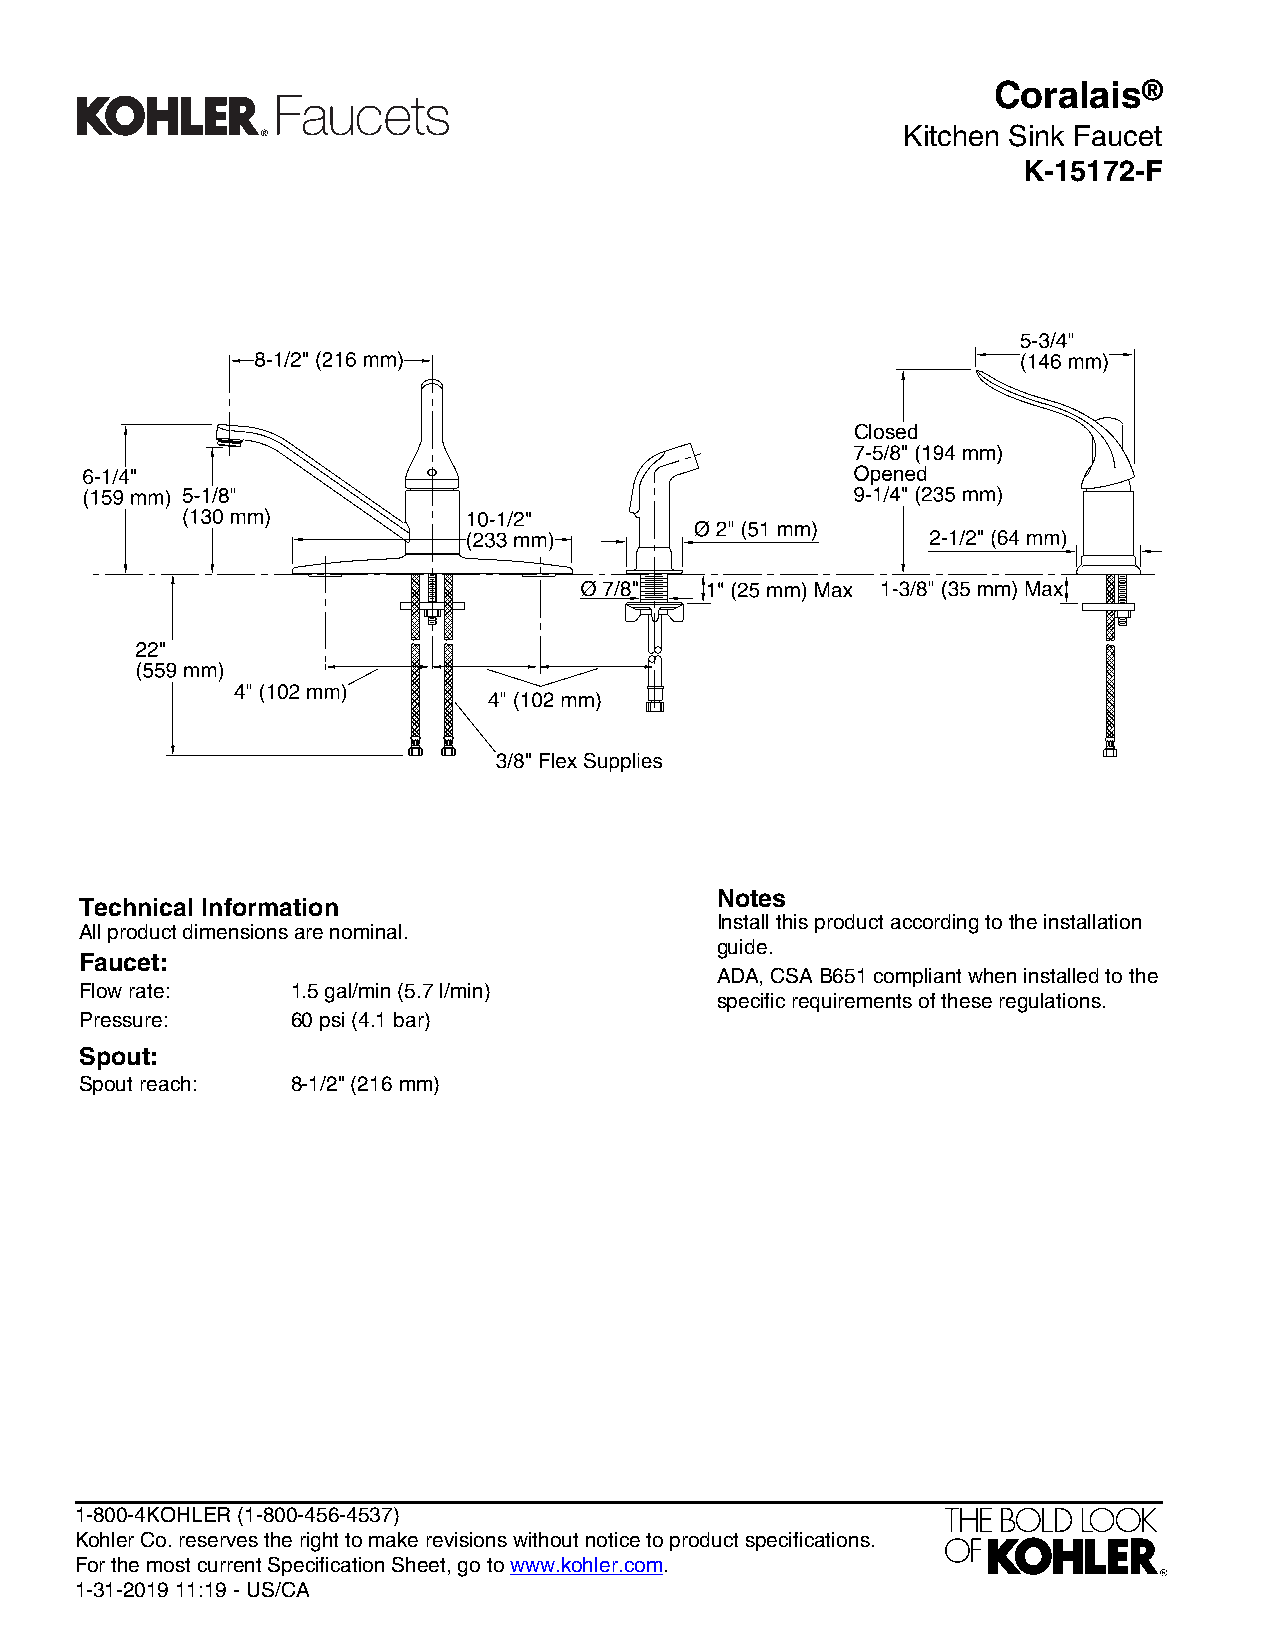
Coralais®
 Kitchen Sink Faucet
 K-15172-F
 Closed
 Notes
 Technical Information
 Install this product according to the installation
 All product dimensions are nominal.
 guide.
 Faucet:
 ADA, CSA B651 compliant when installed to the
 Flow rate:    1.5 gal/min (5.7 l/min)
 specific requirements of these regulations.
 Pressure:     60 psi (4.1 bar)
 Spout:
 Spout reach:  8-1/2" (216 mm)
 1-800-4KOHLER (1-800-456-4537)
 Kohler Co. reserves the right to make revisions without notice to product specifications.
 For the most current Specification Sheet, go to www.kohler.com.
 1-31-2019 11:19 - US/CA